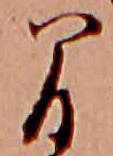
間